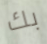
بك